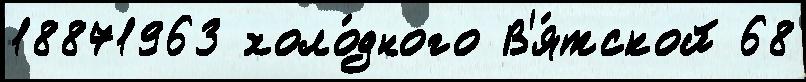
18871963 холо́дного В'я́тской 68